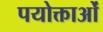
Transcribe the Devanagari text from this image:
पयोक्ताओं